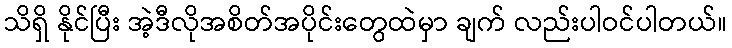
သိရှိ နိုင်ပြီး အဲ့ဒီလိုအစိတ်အပိုင်းတွေထဲမှာ ချက် လည်းပါဝင်ပါတယ်။